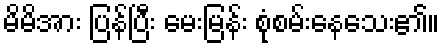
မိမိအား ပြန်ပြီး မေးမြန်း စုံစမ်းနေသေး၏။